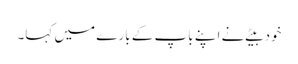
خود بیٹے نے اپنے باپ کے بارے میں کہا۔